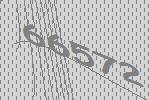
66572